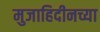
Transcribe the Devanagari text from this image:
मुजाहिदीनच्या